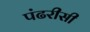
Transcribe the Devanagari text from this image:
पंढरीसी